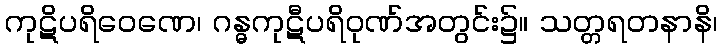
ကုဋိပရိဝေဏေ၊ ဂန္ဓကုဋီပရိဝုဏ်အတွင်း၌။ သတ္တရတနာနိ၊